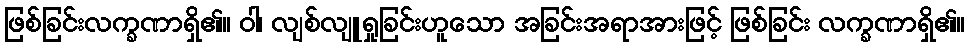
ဖြစ်ခြင်းလက္ခဏာရှိ၏။ ဝါ၊ လျစ်လျူရှုခြင်းဟူသော အခြင်းအရာအားဖြင့် ဖြစ်ခြင်း လက္ခဏာရှိ၏။